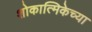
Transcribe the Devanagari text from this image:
शोकात्मिकेच्या